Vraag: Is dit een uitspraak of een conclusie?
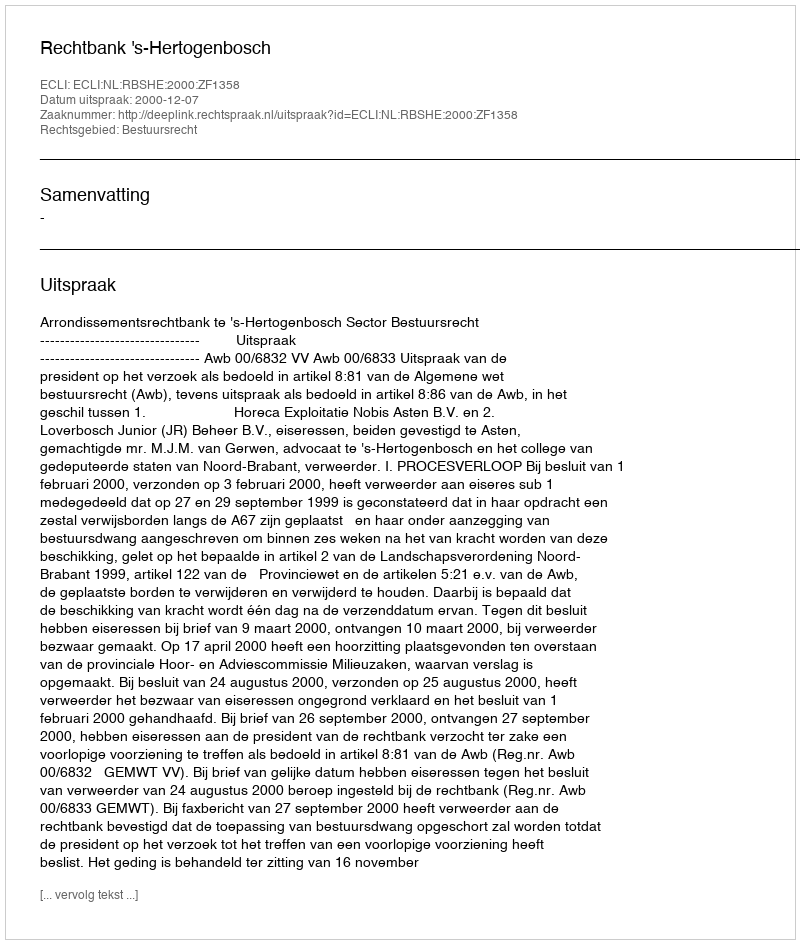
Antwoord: Uitspraak